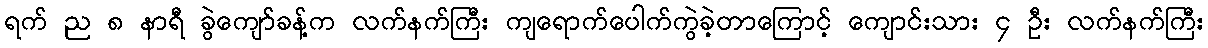
ရက် ည ၈ နာရီ ခွဲကျော်ခန့်က လက်နက်ကြီး ကျရောက်ပေါက်ကွဲခဲ့တာကြောင့် ကျောင်းသား ၄ ဦး လက်နက်ကြီး